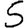
Digit: 5